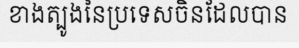
ខាងត្បូងនៃប្រទេសចិនដែលបាន